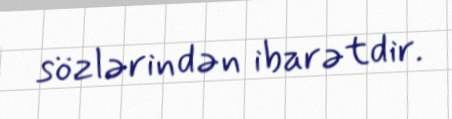
sözlərindən ibarətdir.